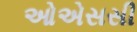
ઓએસસી